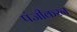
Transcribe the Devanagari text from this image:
पंजीकरन